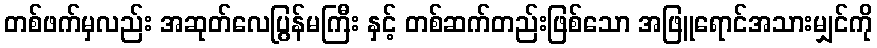
တစ်ဖက်မှလည်း အဆုတ်လေပြွန်မကြီး နှင့် တစ်ဆက်တည်းဖြစ်သော အဖြူရောင်အသားမျှင်ကို